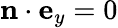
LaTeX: \mathbf{n}\cdot\mathbf{e}_{y}=0